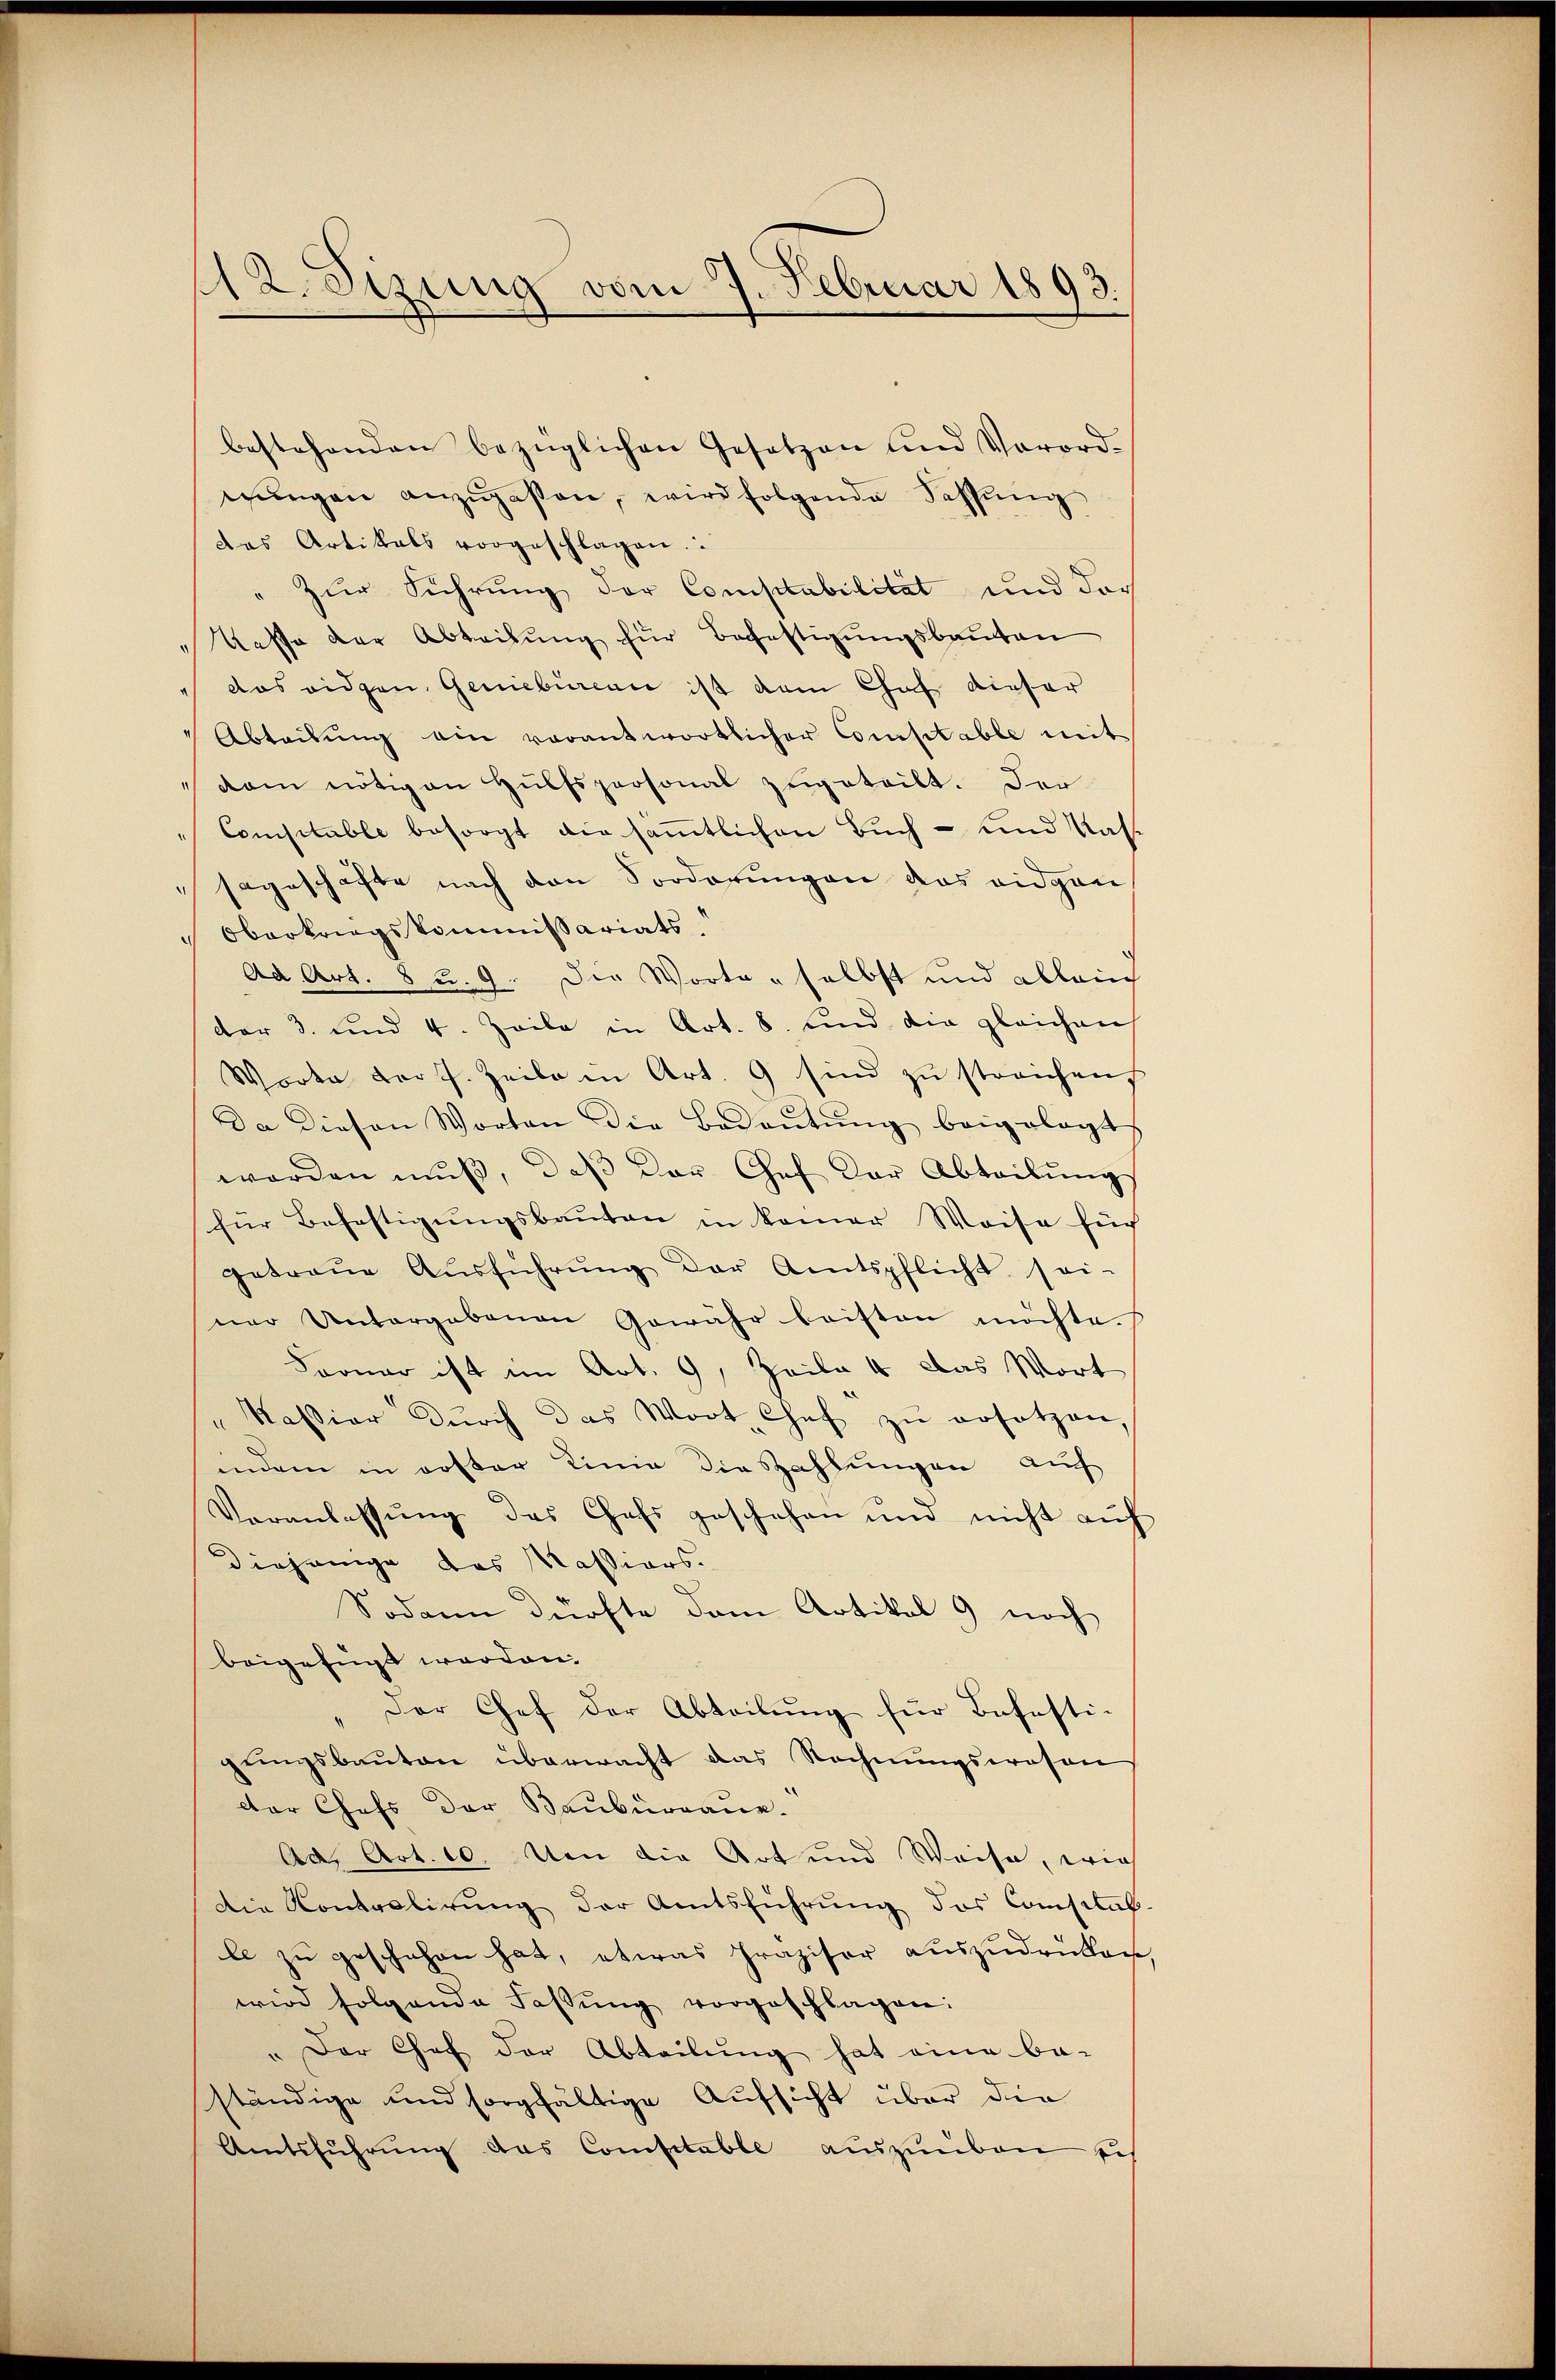
412. Sezung vom 7. Februar 1893.

bestehenden bezüglichen Gesetzen und Vorord-
gŭngen anzŭgassen, wird folgende Fassŭng
das Artikals vorgeschlagen.
" zur Führung der Constabilität und der
Kasse der Abteilung für Befestigungsbauten
" das eidgen. Geniebureau ist dem Chaf dieser
Abteilŭng ein vorantwortlicher Constable mit
"dam nötigen Hülfspersonal zugeteilt. Der
Comsitable besorgt die sämmtlichen Buch- und Kass
sageschäfte nach den Sorderungen das eidgen
" Oberkriegskommissariats,
Ad Art. 8 u. 9. Der Worte selbst und allein
der 3. und 4. Zeile in Art. 8. und die gleichen
Worte der J. Zeile in Art. 9 sind zu streichen,
Da diesen Worten die Bedeutung beigelegt
worden muß, daß der Hof der Abteilung
für Befestigŭngsbauten in keiner Weise süch
getraŭe Aŭsführŭng der Amtspflicht sei-
ner Untergabenen Gewähr beisten möchte.
Fronar ist im Art. 9, Zeile 4 Das Wort
"Kassier dŭrch das Wort Chef zŭ ersetzen,
indem in erster Linie die Zahlungen auf
Veranlassŭng des Chefs geschehen und nicht auf
diejenige das Massions-
Sodann dürfte dem Artikal 9 noch
beigefügt worden.
Der Chef der Abteilung für Befesti-
gungsbauten überwacht das Rechnungswesen
der Chefs der Bauburgaue.
Aa, Art. 10. Von die Art und Weise, wie
Die Kontrolirŭng der Amtsführŭng des Consital-
le zu geschehen hat, etwas Präziser auszudrüken,
wird folgende Fassŭng vorgeschlagen:
" Der Chef der Abteilung hat eine be-
ständige und sorgfältige Aufsicht über die
Amtsführung das Comptable auszuüben ei